Indian journal of veterinary science and animal husbandry - Volume 13,
Year: 1943
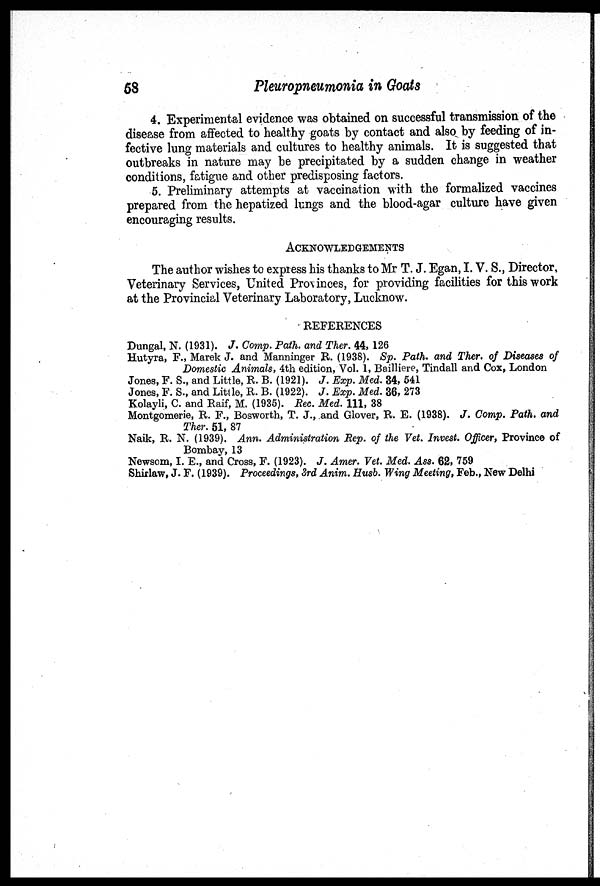
58
Pleuropneumonia in Goats
4. Experimental evidence was obtained on successful transmission of the
disease from affected to healthy goats by contact and also by feeding of in-
fective lung materials and cultures to healthy animals. It is suggested that
outbreaks in nature may be precipitated by a sudden change in weather
conditions, fatigue and other predisposing factors.
5. Preliminary attempts at vaccination with the formalized vaccines
prepared from the hepatized lungs and the blood-agar culture have given
encouraging results.
ACKNOWLEDGEMENTS
The author wishes to express his thanks to Mr T. J. Egan, I. V. S., Director,
Veterinary Services, United Provinces, for providing facilities for this work
at the Provincial Veterinary Laboratory, Lucknow.
REFERENCES
Dungal, N. (1931). J. Comp. Path. and Ther. 44, 126
Hutyra, F., Marek J. and Manninger R. (1938). Sp. Path. and Ther. of Diseases of
Domestic Animals, 4th edition, Vol. 1, Bailliere, Tindall and Cox, London
Jones, F. S., and Little, R. B. (1921). J. Exp. Med. 34, 541
Jones, F. S., and Little, R. B. (1922). J. Exp. Med. 36, 273
Kolayli, C. and Raif, M. (1935). Rec. Med. 111, 38
Montgomerie, R. F., Bosworth, T. J., and Glover, R. E. (1938). J. Comp. Path. and
Ther. 51, 87
Naik, R. N. (1939). Ann. Administration Rep. of the Vet. Invest. Officer, Province of
Bombay, 13
Newsom, I. E., and Cross, F. (1923). J. Amer. Vet. Med. Ass. 62, 759
Shirlaw, J. F. (1939). Proceedings, 3rd Anim. Husb. Wing Meeting, Feb., New Delhi